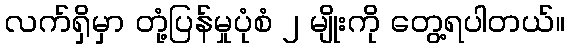
လက်ရှိမှာ တုံ့ပြန်မှုပုံစံ ၂ မျိုးကို တွေ့ရပါတယ်။